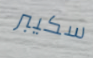
سكيبر